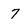
Character: 7